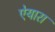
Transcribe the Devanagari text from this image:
ऐयारा